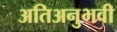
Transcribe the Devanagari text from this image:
अतिअनुभवी